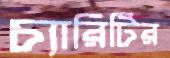
চ্যারিটির